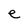
Character: e